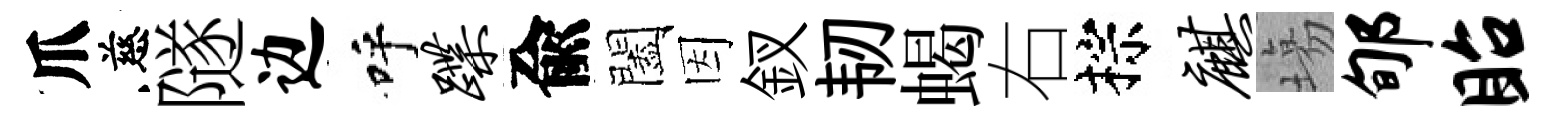
爪慈隧边呼蹀兪闔因釵韧蝎右棕麒塲郇眙